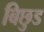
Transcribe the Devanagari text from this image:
बिछुड